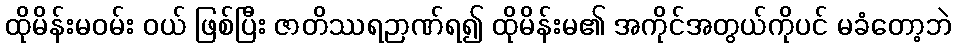
ထိုမိန်းမဝမ်း ဝယ် ဖြစ်ပြီး ဇာတိဿရဉာဏ်ရ၍ ထိုမိန်းမ၏ အကိုင်အတွယ်ကိုပင် မခံတော့ဘဲ